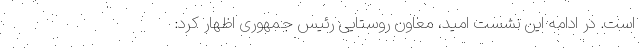
است. در ادامه این نشست امید، معاون روستایی رئیس جمهوری اظهار کرد: